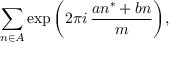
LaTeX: \sum _ { n \in A } \exp { { \biggl ( } 2 \pi i \, { \frac { a n ^ { * } + b n } { m } } { \biggr ) } } ,